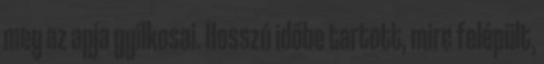
meg az apja gyilkosai. Hosszú időbe tartott, mire felépült,